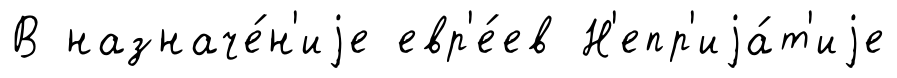
В назначе́н'иjе евр'е́ев Н'епр'иjа́т'иjе